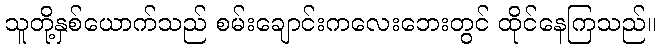
သူတို့နှစ်ယောက်သည် စမ်းချောင်းကလေးဘေးတွင် ထိုင်နေကြသည်။